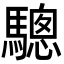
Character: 驄